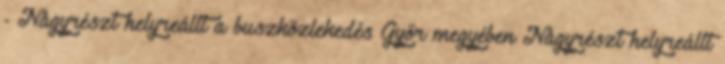
- Nagyrészt helyreállt a buszközlekedés Győr megyében Nagyrészt helyreállt